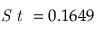
\textit { S t } = 0 . 1 6 4 9